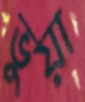
ভুয়া